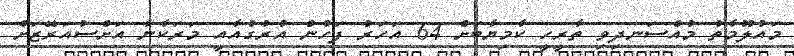
މައުލޫމާތު މުއްސަނދިވި ތާރީހީ ކާމިޔާބަށް 64 އަހަރު ފަހުން އުރުގުއާއީ މަރަކާނާ އަށްސުއަރޭޒަށް